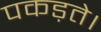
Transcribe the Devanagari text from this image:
पकड़ते।